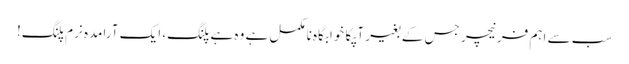
سب سے اہم فرنیچر جس کے بغیر آپکا خوابگاہ نامکمل ہے وہ ہے پلنگ، ایک آرامدہ نرم پلنگ!